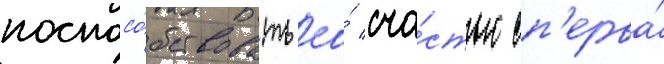
поспосо́бствовать ео́ сча́стью сп'ерва́